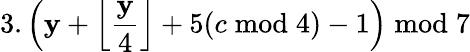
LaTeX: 3.\left(\mathbf{y}+{\Big\lfloor}{\frac{{\mathbf{y}}}{{4}}}{\Big\rfloor}+5(c{\bmod{4}})-1\right){\bmod{7}}